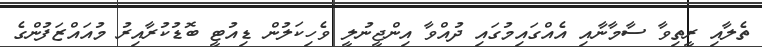
ތެލާއި ރީތިވާ ސާމާނާއި އެއްގައިމުގައި ދުއްވާ އިންޖީނުލީ ވެހިކަލުން ޑިއުޓީ ބޮޑުކުރާއިރު މުއައްޒަފުންގެ